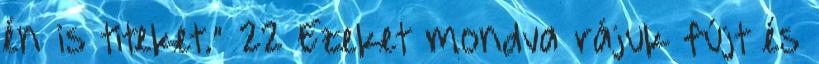
én is titeket.” 22 Ezeket mondva rájuk fújt és